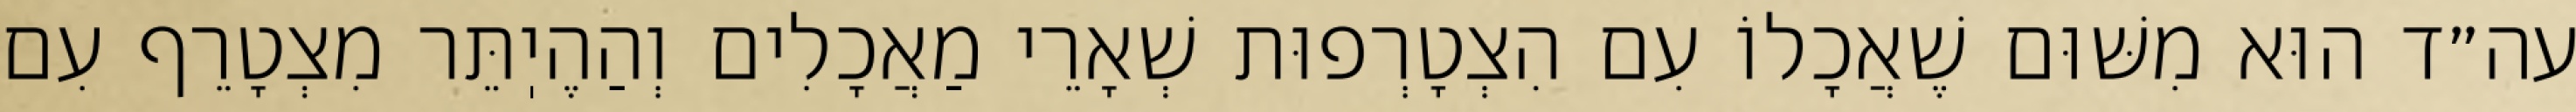
עה״ד הוּא מִשּׁוּם שֶׁאֲכָלוֹ עִם הִצְטָרְפוּת שְׁאָרֵי מַאֲכָלִים וְהַהֶיֽתֵּר מִצְטָרֵף עִם